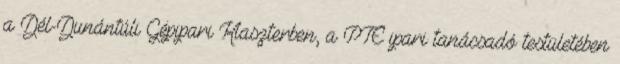
a Dél-Dunántúli Gépipari Klaszterben, a PTE ipari tanácsadó testületében